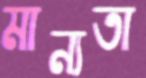
মান্যতা